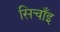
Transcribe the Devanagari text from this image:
सिचाँइ